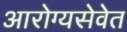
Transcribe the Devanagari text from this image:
आरोग्यसेवेत